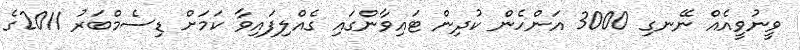
ވީނުވީއެއް ނޭނގި 3000 އަންހެން ކުދިން ޓައިވާންގައި ގެއްލިފައިވާ ކަމަށް ޑިސެމްބަރު 2011ގެ